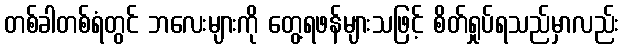
တစ်ခါတစ်ရံတွင် ဘလေးများကို တွေ့ရဖန်များသဖြင့် စိတ်ရှုပ်ရသည်မှာလည်း